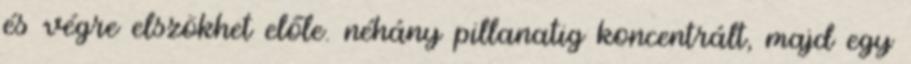
és végre elszökhet előle. néhány pillanatig koncentrált, majd egy